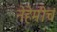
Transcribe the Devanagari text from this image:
नेहेमीचं